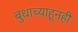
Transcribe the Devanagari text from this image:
बुधाच्याहूनही